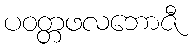
ပဝတ္တဖလဘောဇီ